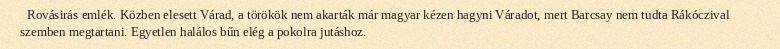
Rovásirás emlék. Közben elesett Várad, a törökök nem akarták már magyar kézen hagyni Váradot, mert Barcsay nem tudta Rákóczival szemben megtartani. Egyetlen halálos bűn elég a pokolra jutáshoz.